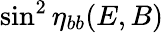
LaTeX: \sin^{2}\eta_{bb}(E,B)